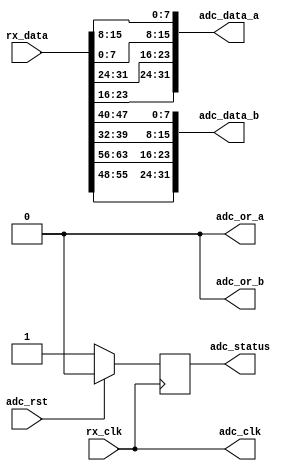
module axi_ad6676_if (
  rx_clk,
  rx_data,
  adc_clk,
  adc_rst,
  adc_data_a,
  adc_data_b,
  adc_or_a,
  adc_or_b,
  adc_status);
  input           rx_clk;
  input   [63:0]  rx_data;
  output          adc_clk;
  input           adc_rst;
  output  [31:0]  adc_data_a;
  output  [31:0]  adc_data_b;
  output          adc_or_a;
  output          adc_or_b;
  output          adc_status;
  reg             adc_status = 'd0;
  wire    [15:0]  adc_data_a_s1_s;
  wire    [15:0]  adc_data_a_s0_s;
  wire    [15:0]  adc_data_b_s1_s;
  wire    [15:0]  adc_data_b_s0_s;
  assign adc_clk = rx_clk;
  assign adc_or_a = 1'b0;
  assign adc_or_b = 1'b0;
  assign adc_data_a = {adc_data_a_s1_s, adc_data_a_s0_s};
  assign adc_data_b = {adc_data_b_s1_s, adc_data_b_s0_s};
  assign adc_data_a_s1_s = {rx_data[23:16], rx_data[31:24]};
  assign adc_data_a_s0_s = {rx_data[ 7: 0], rx_data[15: 8]};
  assign adc_data_b_s1_s = {rx_data[55:48], rx_data[63:56]}; 
  assign adc_data_b_s0_s = {rx_data[39:32], rx_data[47:40]};
  always @(posedge rx_clk) begin
    if (adc_rst == 1'b1) begin
      adc_status <= 1'b0;
    end else begin
      adc_status <= 1'b1;
    end
  end
endmodule